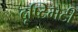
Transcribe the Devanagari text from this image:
दृष्टिभेटी